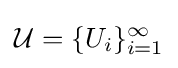
{\mathcal {U}}=\{U_{i}\}_{i=1}^{\infty }